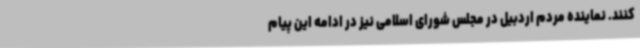
کنند. نماینده مردم اردبیل در مجلس شورای اسلامی نیز در ادامه این پیام